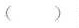
( )